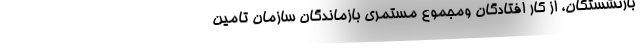
بازنشستگان، از کار افتادگان ومجموع مستمری بازماندگان سازمان تامین